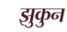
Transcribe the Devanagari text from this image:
झुकुन